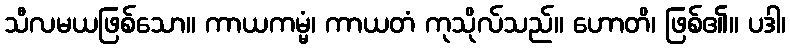
သီလမယဖြစ်သော။ ကာယကမ္မံ၊ ကာယတံ ကုသိုလ်သည်။ ဟောတိ၊ ဖြစ်၏။ ပဒါ၊